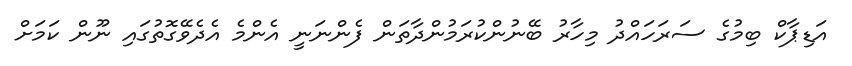
އަޑިޕާކް ބިމުގެ ސަރަހައްދު މިހާރު ބޭނުންކުރަމުންދާތަން ފެންނަނީ އެންމެ އެދެވޭގޮތުގައި ނޫން ކަމަށް